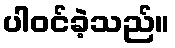
ပါဝင်ခဲ့သည်။